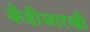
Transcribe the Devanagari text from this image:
कँडीसारखी